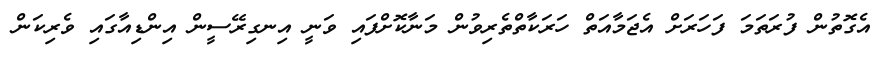
އެގޮތުން ފުރަތަމަ ފަހަރަށް އެޖަމާއަތް ހަރަކާތްތެރިވުން މަނާކޮށްފައި ވަނީ އިނގިރޭސީން އިންޑިއާގައި ވެރިކަން